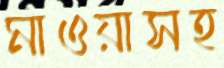
মাওয়াসহ